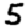
Digit: 5